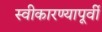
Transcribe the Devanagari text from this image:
स्वीकारण्यापूर्वी